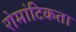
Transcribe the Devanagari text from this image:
रोमांटिकता